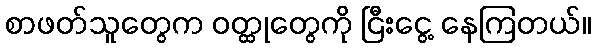
စာဖတ်သူတွေက ဝတ္ထုတွေကို ငြီးငွေ့ နေကြတယ်။